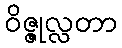
ဝိဇ္ဇုလ္လတာ